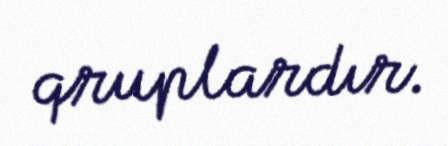
qruplardır.